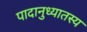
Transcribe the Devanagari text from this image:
पादानुध्यातस्य